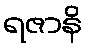
ရဇာနိ